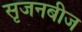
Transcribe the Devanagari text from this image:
सृजनबीज